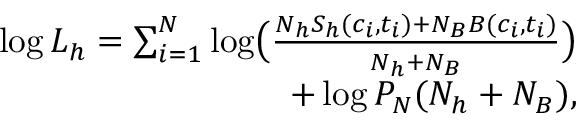
\begin{array} { r } { \log { \cal L } _ { h } = \sum _ { i = 1 } ^ { N } \log \bigl ( \frac { N _ { h } S _ { h } ( c _ { i } , t _ { i } ) + N _ { B } B ( c _ { i } , t _ { i } ) } { N _ { h } + N _ { B } } \bigr ) } \\ { + \log P _ { N } ( N _ { h } + N _ { B } ) , } \end{array}